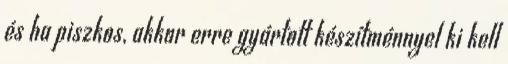
és ha piszkos, akkor erre gyártott készítménnyel ki kell